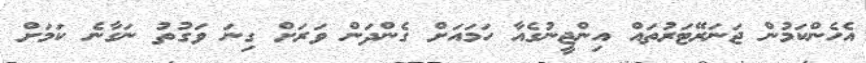
އެހެންކަމުން ޖަނަރޭޓަރުތައް އިންޖީނުގެއާ ހަމައަށް ގެންދަން ވަރަށް ގިނަ ވަގުތު ނަގާނެ ކަމަށް